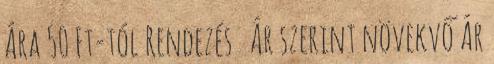
Ára 50 Ft-tól Rendezés Ár szerint növekvő Ár